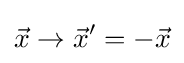
{\vec {x}}\to {\vec {x}}^{\prime }=-{\vec {x}}